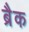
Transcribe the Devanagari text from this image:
ब्रैक